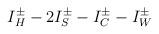
LaTeX: \begin{align*}I^{\pm }_{H}-2I^{\pm }_{S}-I^{\pm }_{C}-I^{\pm }_{W}\end{align*}